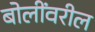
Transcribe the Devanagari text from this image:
बोलींवरील